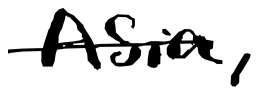
Text: Asia,
Cross-out: single-line
Writing tool: digital_black